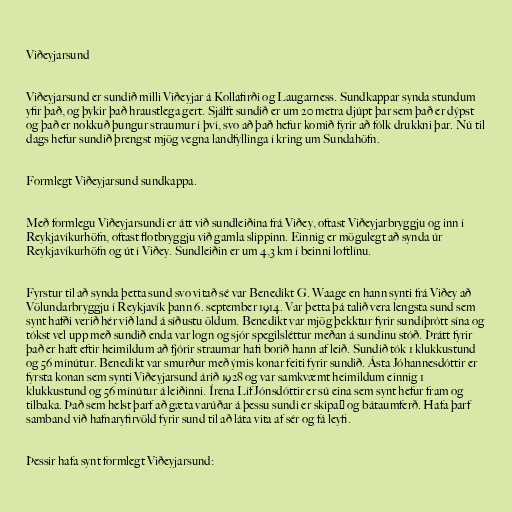
Viðeyjarsund

Viðeyjarsund er sundið milli Viðeyjar á Kollafirði og Laugarness. Sundkappar synda stundum
yfir það, og þykir það hraustlega gert. Sjálft sundið er um 20 metra djúpt þar sem það er dýpst
og það er nokkuð þungur straumur í því, svo að það hefur komið fyrir að fólk drukkni þar. Nú til
dags hefur sundið þrengst mjög vegna landfyllinga í kring um Sundahöfn.

Formlegt Viðeyjarsund sundkappa.

Með formlegu Viðeyjarsundi er átt við sundleiðina frá Viðey, oftast Viðeyjarbryggju og inn í
Reykjavíkurhöfn, oftast flotbryggju við gamla slippinn. Einnig er mögulegt að synda úr
Reykjavíkurhöfn og út í Viðey. Sundleiðin er um 4,3 km í beinni loftlínu.

Fyrstur til að synda þetta sund svo vitað sé var Benedikt G. Waage en hann synti frá Viðey að
Völundarbryggju í Reykjavík þann 6. september 1914. Var þetta þá talið vera lengsta sund sem
synt hafði verið hér við land á síðustu öldum. Benedikt var mjög þekktur fyrir sundíþrótt sína og
tókst vel upp með sundið enda var logn og sjór spegilsléttur meðan á sundinu stóð. Þrátt fyrir
það er haft eftir heimildum að fjórir straumar hafi borið hann af leið. Sundið tók 1 klukkustund
og 56 mínútur. Benedikt var smurður með ýmis konar feiti fyrir sundið. Ásta Jóhannesdóttir er
fyrsta konan sem synti Viðeyjarsund árið 1928 og var samkvæmt heimildum einnig 1
klukkustund og 56 mínútur á leiðinni. Írena Líf Jónsdóttir er sú eina sem synt hefur fram og
tilbaka. Það sem helst þarf að gæta varúðar á þessu sundi er skipa‐ og bátaumferð. Hafa þarf
samband við hafnaryfirvöld fyrir sund til að láta vita af sér og fá leyfi.

Þessir hafa synt formlegt Viðeyjarsund: